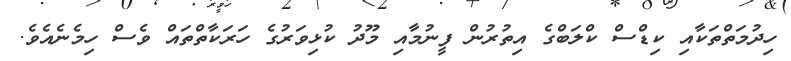
ހިދުމަތްތަކާއި ކިޑްސް ކްލަބްގެ އިތުރުން ފީނުމާއި މޫދު ކުޅިވަރުގެ ހަރަކާތްތައް ވެސް ހިމެނެއެވެ.